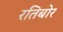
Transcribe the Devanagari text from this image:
रतिबोर